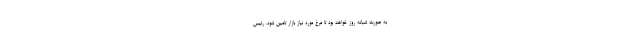
به صورت شبانه روز خواهد بود تا مرغ مورد نیاز بازار تامین شود. رئیس